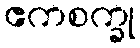
ဧကစက္ခု